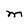
Character: M